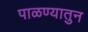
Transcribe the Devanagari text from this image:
पाळण्यातुन